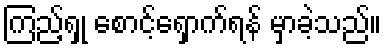
ကြည့်ရှု စောင့်ရှောက်ရန် မှာခဲ့သည်။